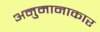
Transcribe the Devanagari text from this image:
अनुमानाकार